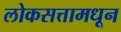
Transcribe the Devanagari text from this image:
लोकसत्तामधून